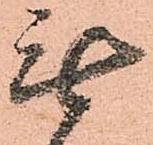
無